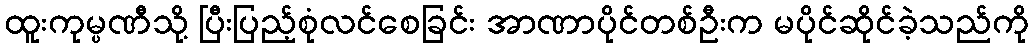
ထူးကုမ္ပဏီသို့ ပြီးပြည့်စုံလင်စေခြင်း အာဏာပိုင်တစ်ဦးက မပိုင်ဆိုင်ခဲ့သည်ကို